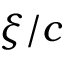
\xi / c